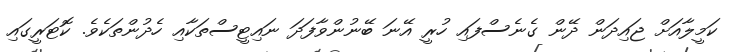
ކަމީލާއަށް ޖައިދަން ދޭން ގެނެސްފައި ހުރީ އޭނަ ބޭނުންވާފަދަ ނައިޓީސްތަކާއި ހެދުންތަކެވެ. ކޮޓަރީގައި